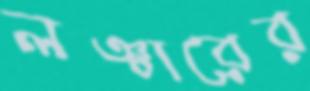
লঞ্চারের